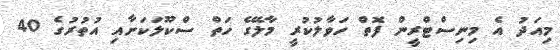
މިއަދު އެ މިނިސްޓްރީން ފޮތް ހަވާލުކުރީ މާލޭގެ ހަތް ސްކޫލަކަށާއި އުތުރުގެ 40